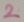
Text: 2